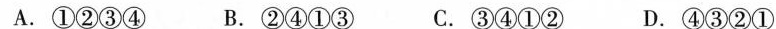
A.①②③④ B.②④①③ C.③④①② D.④③②①